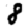
Digit: 8